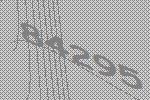
84295